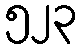
၅၂၃